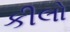
કીલો